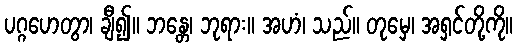
ပဂ္ဂဟေတွာ၊ ချီ၍။ ဘန္တေ၊ ဘုရား။ အဟံ၊ သည်။ တုမှေ၊ အရှင်တို့ကို။